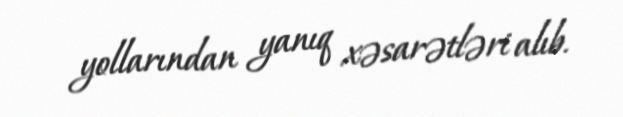
yollarından yanıq xəsarətləri alıb.